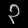
Digit: ၃